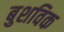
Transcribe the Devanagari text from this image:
बुशविक